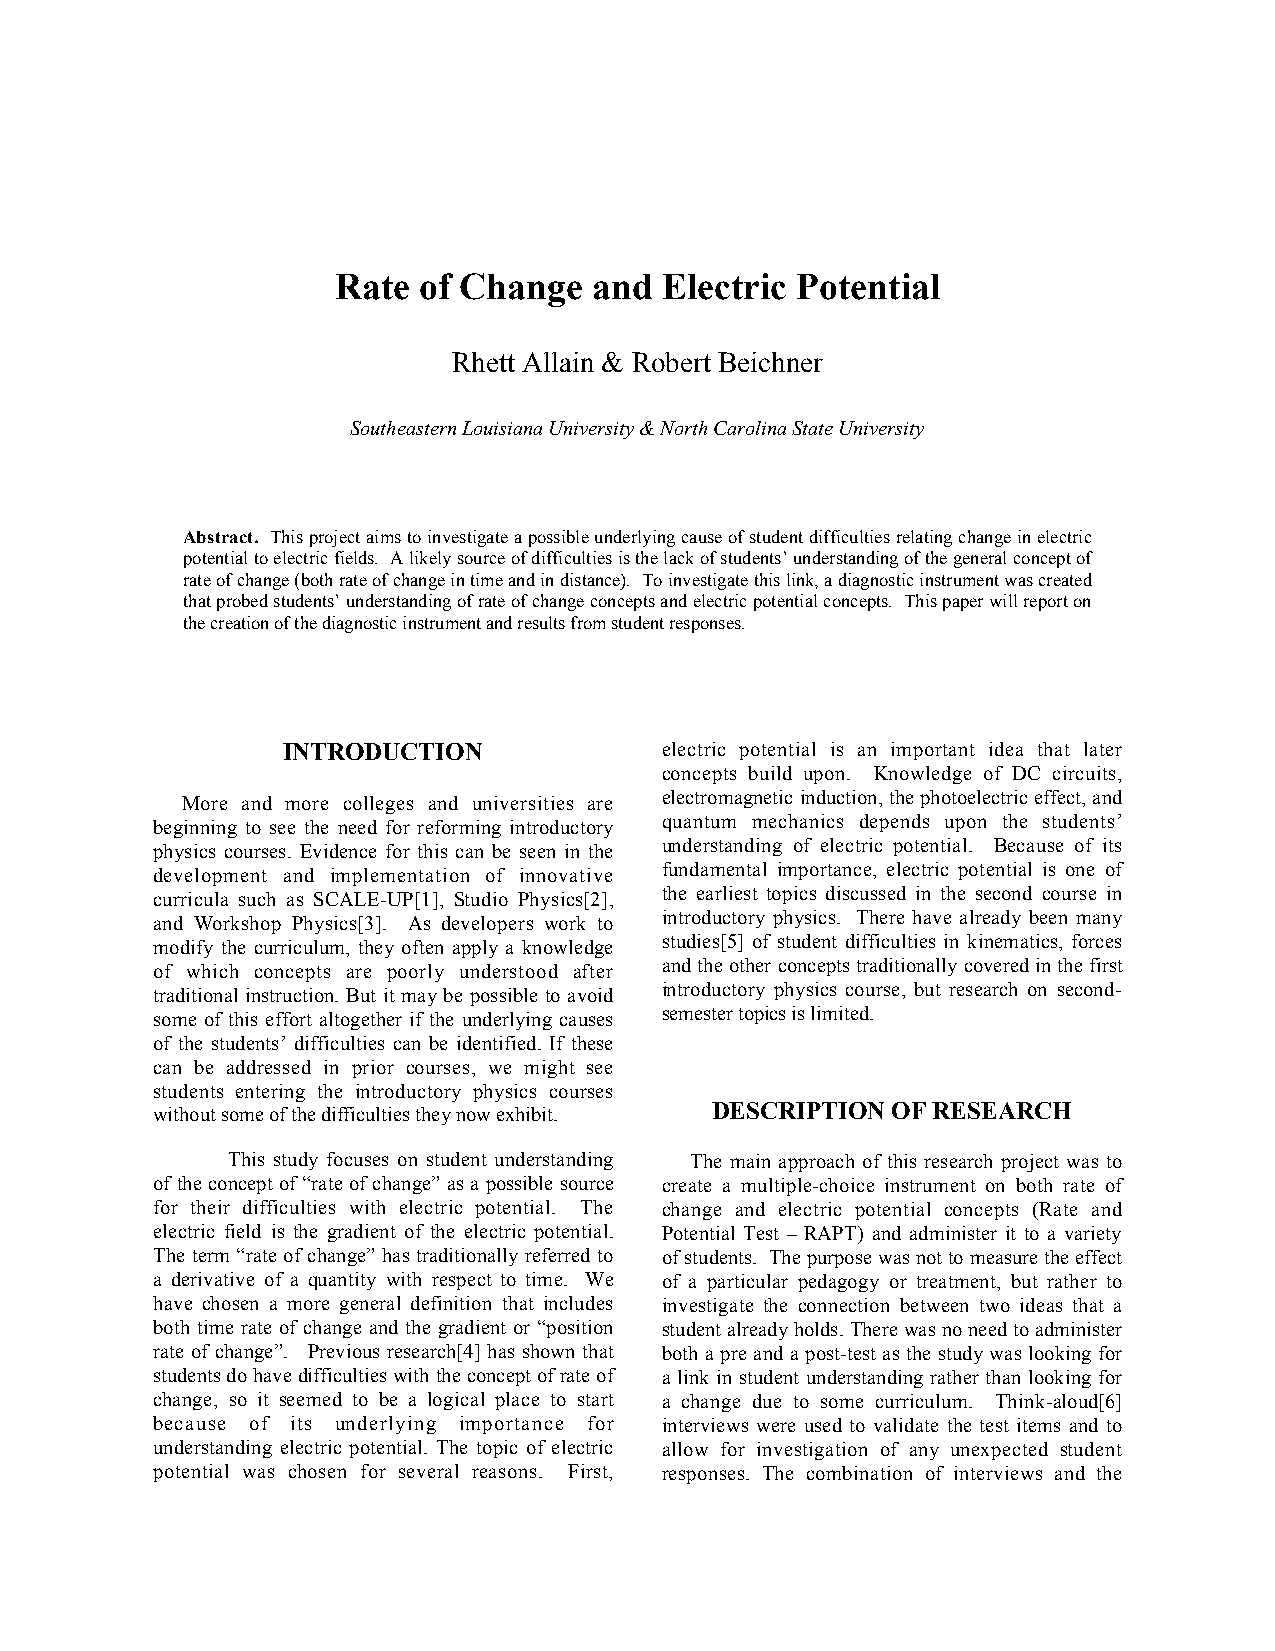
Rate  of Change  and  Electric Potential
 Rhett Allain & Robert Beichner
 Southeastern Louisiana University & North Carolina State University
 Abstract. This project aims to investigate a possible underlying cause of student difficulties relating change in electric
 potential to electric fields. A likely source of difficulties is the lack of students’ understanding of the general concept of
 rate of change (both rate of change in time and in distance). To investigate this link, a diagnostic instrument was created
 that probed students’ understanding of rate of change concepts and electric potential concepts. This paper will report on
 the creation of the diagnostic instrument and results from student responses.
 INTRODUCTION             electric potential is an important idea that later
 concepts build upon. Knowledge of DC circuits,
 More and more colleges and universities are electromagnetic induction, the photoelectric effect, and
 beginning to see the need for reforming introductory quantum mechanics depends upon the students’
 physics courses. Evidence for this can be seen in the understanding of electric potential. Because of its
 development and implementation of innovative fundamental importance, electric potential is one of
 curricula such as SCALE-UP[1], Studio Physics[2], the earliest topics discussed in the second course in
 and Workshop Physics[3]. As developers work to introductory physics. There have already been many
 modify the curriculum, they often apply a knowledge studies[5] of student difficulties in kinematics, forces
 of which concepts are poorly understood after and the other concepts traditionally covered in the first
 traditional instruction. But it may be possible to avoid introductory physics course, but research on second-
 some of this effort altogether if the underlying causes semester topics is limited.
 of the students’ difficulties can be identified. If these
 can be addressed in prior courses, we might see
 students entering the introductory physics courses
 without some of the difficulties they now exhibit. DESCRIPTION OF RESEARCH
 This study focuses on student understanding The main approach of this research project was to
 of the concept of “rate of change” as a possible source create a multiple-choice instrument on both rate of
 for their difficulties with electric potential. The change and electric potential concepts (Rate and
 electric field is the gradient of the electric potential. Potential Test – RAPT) and administer it to a variety
 The term “rate of change” has traditionally referred to of students. The purpose was not to measure the effect
 a derivative of a quantity with respect to time. We of a particular pedagogy or treatment, but rather to
 have chosen a more general definition that includes investigate the connection between two ideas that a
 both time rate of change and the gradient or “position student already holds. There was no need to administer
 rate of change”. Previous research[4] has shown that both a pre and a post-test as the study was looking for
 students do have difficulties with the concept of rate of a link in student understanding rather than looking for
 change, so it seemed to be a logical place to start a change due to some curriculum. Think-aloud[6]
 because of its underlying importance for interviews were used to validate the test items and to
 understanding electric potential. The topic of electric allow for investigation of any unexpected student
 potential was chosen for several reasons. First, responses. The combination of interviews and the